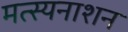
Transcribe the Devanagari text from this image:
मत्स्यनाशन